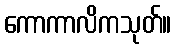
ကောကာလိကသုတ်။